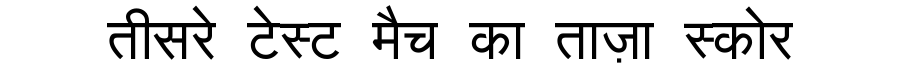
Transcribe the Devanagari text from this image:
तीसरे टेस्ट मैच का ताज़ा स्कोर